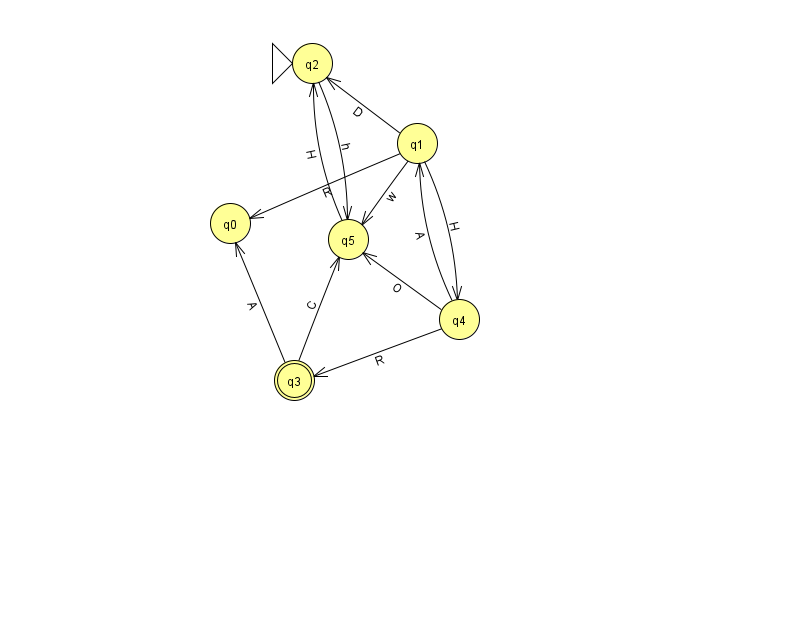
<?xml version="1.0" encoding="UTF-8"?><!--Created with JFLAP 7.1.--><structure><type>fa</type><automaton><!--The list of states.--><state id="0" name="q0"><x>230.0</x><y>210.0</y></state><state id="1" name="q1"><x>417.0</x><y>130.0</y></state><state id="2" name="q2"><x>312.0</x><y>50.0</y><initial/></state><state id="3" name="q3"><x>294.0</x><y>367.0</y><final/></state><state id="4" name="q4"><x>459.0</x><y>306.0</y></state><state id="5" name="q5"><x>348.0</x><y>226.0</y></state><!--The list of transitions.--><transition><from>4</from><to>5</to><read>O</read></transition><transition><from>3</from><to>0</to><read>A</read></transition><transition><from>1</from><to>2</to><read>D</read></transition><transition><from>3</from><to>5</to><read>C</read></transition><transition><from>2</from><to>5</to><read>h</read></transition><transition><from>4</from><to>1</to><read>A</read></transition><transition><from>5</from><to>2</to><read>H</read></transition><transition><from>4</from><to>3</to><read>R</read></transition><transition><from>1</from><to>4</to><read>H</read></transition><transition><from>1</from><to>0</to><read>R</read></transition><transition><from>1</from><to>5</to><read>w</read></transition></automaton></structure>